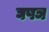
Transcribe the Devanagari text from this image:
घषञ